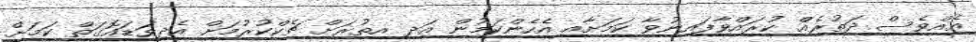
އެއްވެސް ދަތުރެއް ކުރައްވާފައިނުވާ ކަމަށާއި އެހެންކަމުން އަދި އިތުރަށް ޗެކްކުރުމަށް އެދިވަޑައޮގަތް ކަމަށް